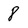
Character: 8